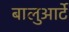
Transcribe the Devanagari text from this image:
बालुआर्टे